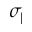
\sigma _ { \parallel }